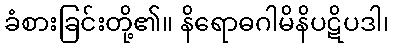
ခံစားခြင်းတို့၏။ နိရောဓဂါမိနိပဋိပဒါ၊